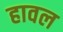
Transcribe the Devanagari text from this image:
हावल